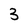
Character: 3